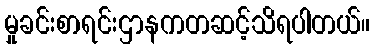
မှုခင်းစာရင်းဌာနကတဆင့်သိရပါတယ်။